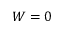
W = 0